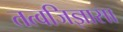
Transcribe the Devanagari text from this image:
तत्वजिज्ञासा